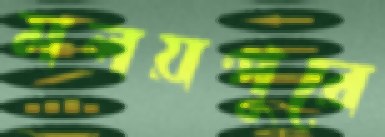
মলয়পুরে